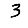
Digit: 3